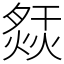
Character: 𤍙